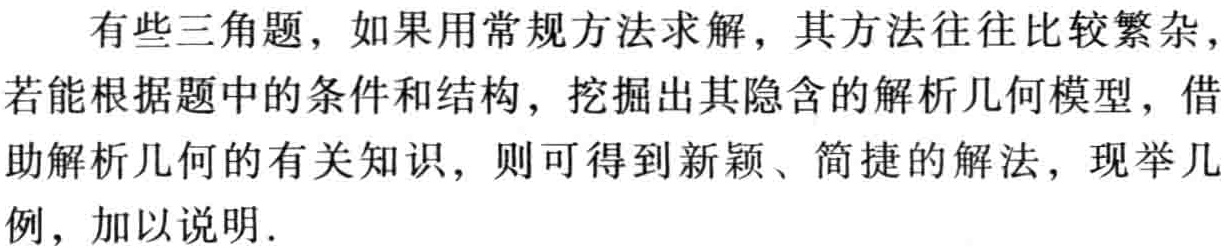
有些三角题，如果用常规方法求解，其方法往往比较繁杂，若能根据题中的条件和结构，挖掘出其隐含的解析几何模型，借助解析几何的有关知识，则可得到新颖、简捷的解法，现举几例，加以说明.